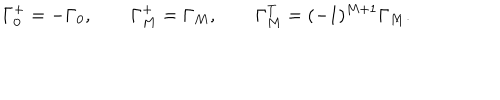
\Gamma _ { 0 } ^ { + } = - \Gamma _ { 0 } , \qquad \Gamma _ { M } ^ { + } = \Gamma _ { M } , \qquad \Gamma _ { M } ^ { T } = ( - 1 ) ^ { M + 1 } \Gamma _ { M } .